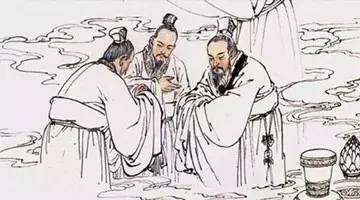
君子求诸己，小人求诸人。